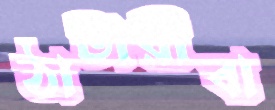
ঠাটারীবা